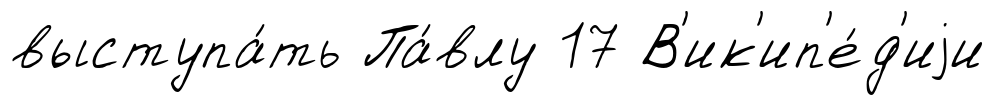
выступа́ть Па́влу 17 В'ик'ип'е́д'иjи